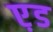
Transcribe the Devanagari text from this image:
ए़ड